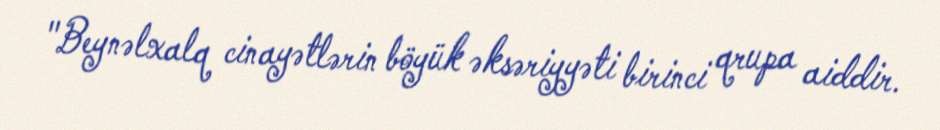
"Beynəlxalq cinayətlərin böyük əksəriyyəti birinci qrupa aiddir.